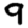
Digit: 9